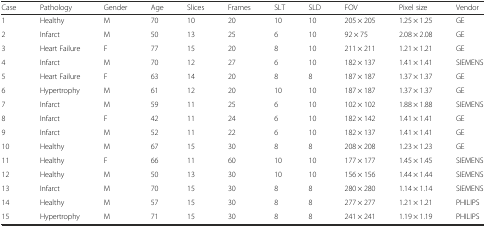
| Case | Pathology | Gender | Age | Slices | Frames | SLT | SLD | FOV | Pixel size | Vendor |
 | --- | --- | --- | --- | --- | --- | --- | --- | --- | --- | --- |
 | 1 | Healthy | M | 70 | 10 | 20 | 10 | 10 | 205 × 205 | 1.25 × 1.25 | GE |
 | 2 | Infarct | M | 50 | 13 | 25 | 6 | 10 | 92 × 75 | 2.08 × 2.08 | GE |
 | 3 | Heart Failure | F | 77 | 15 | 20 | 8 | 10 | 211 × 211 | 1.21 × 1.21 | GE |
 | 4 | Infarct | M | 70 | 12 | 27 | 6 | 10 | 182 × 137 | 1.41 × 1.41 | SIEMENS |
 | 5 | Heart Failure | F | 63 | 14 | 20 | 8 | 8 | 187 × 187 | 1.37 × 1.37 | GE |
 | 6 | Hypertrophy | M | 61 | 12 | 20 | 10 | 10 | 187 × 187 | 1.37 × 1.37 | GE |
 | 7 | Infarct | M | 59 | 11 | 25 | 6 | 10 | 102 × 102 | 1.88 × 1.88 | SIEMENS |
 | 8 | Infarct | F | 42 | 11 | 24 | 6 | 10 | 182 × 142 | 1.41 × 1.41 | GE |
 | 9 | Infarct | M | 52 | 11 | 22 | 6 | 10 | 182 × 137 | 1.41 × 1.41 | GE |
 | 10 | Healthy | M | 67 | 15 | 30 | 8 | 8 | 208 × 208 | 1.23 × 1.23 | GE |
 | 11 | Healthy | F | 66 | 11 | 60 | 10 | 10 | 177 × 177 | 1.45 × 1.45 | SIEMENS |
 | 12 | Healthy | M | 50 | 13 | 30 | 10 | 10 | 156 × 156 | 1.44 × 1.44 | SIEMENS |
 | 13 | Infarct | M | 70 | 15 | 30 | 8 | 8 | 280 × 280 | 1.14 × 1.14 | SIEMENS |
 | 14 | Healthy | M | 57 | 15 | 30 | 8 | 8 | 277 × 277 | 1.21 × 1.21 | PHILIPS |
 | 15 | Hypertrophy | M | 71 | 15 | 30 | 8 | 8 | 241 × 241 | 1.19 × 1.19 | PHILIPS |